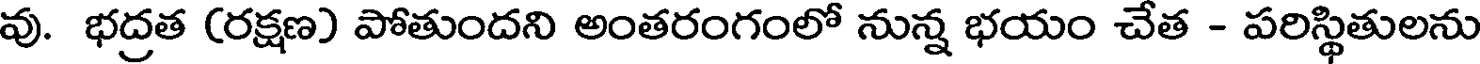
వు. భద్రత (రక్షణ) పోతుందని అంతరంగంలో నున్న భయం చేత - పరిస్థితులను